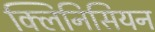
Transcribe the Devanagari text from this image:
क्लिनिसियन